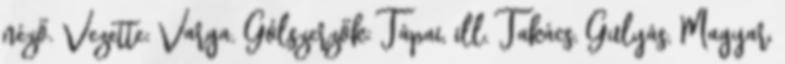
néző. Vezette: Varga. Gólszerzők: Tápai, ill. Takács, Gulyás, Magyar,